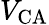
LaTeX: V_{\mathrm{CA}}